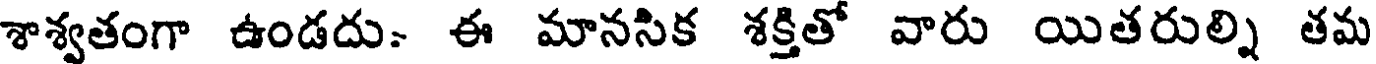
శాశ్వతంగా ఉండదు: ఈ మానసిక శక్తితో వారు యితరుల్ని తమ